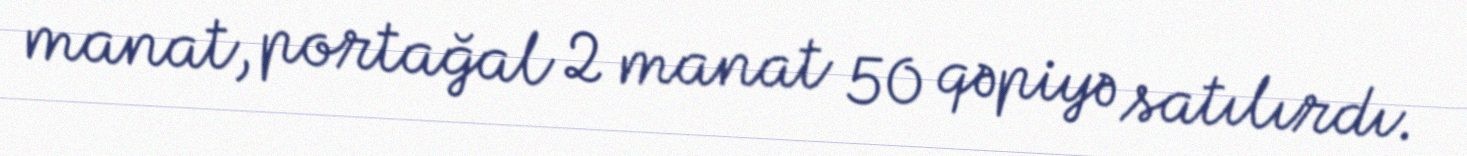
manat, portağal 2 manat 50 qəpiyə satılırdı.